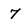
Character: 7